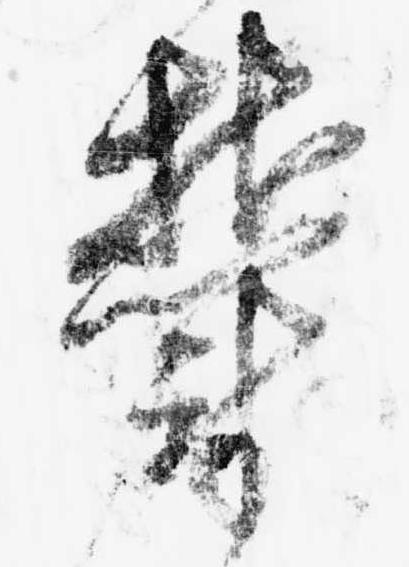
鬱